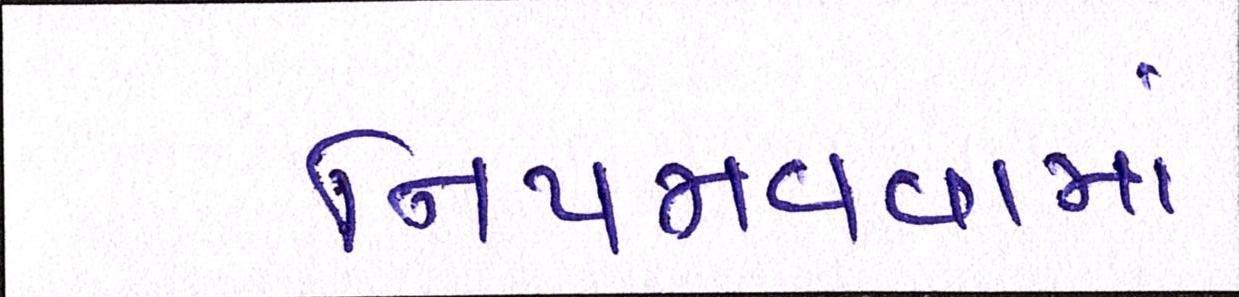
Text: નિપજાવવામાં